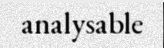
analysable